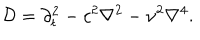
{ \cal D } = { \partial _ { t } ^ { 2 } } - c ^ { 2 } { \nabla ^ { 2 } } - \nu ^ { 2 } { \nabla ^ { 4 } } .